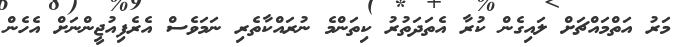
މަރު އަތްމައްޗަށް ލައިގެން ކުރާ އެތަދަތުރު ކިތަންމެ ނުރައްކާތެރި ނަމަވެސް އެރެފިއުޖީންނަށް އެހެން